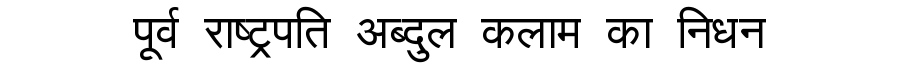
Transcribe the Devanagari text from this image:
पूर्व राष्ट्रपति अब्दुल कलाम का निधन